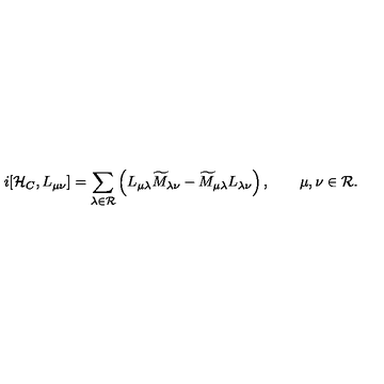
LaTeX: i [ { \cal H } _ { C } , L _ { \mu \nu } ] = \sum _ { \lambda \in { \cal R } } \left( L _ { \mu \lambda } \widetilde { M } _ { \lambda \nu } - \widetilde { M } _ { \mu \lambda } L _ { \lambda \nu } \right) , \qquad \mu , \nu \in { \cal R } .